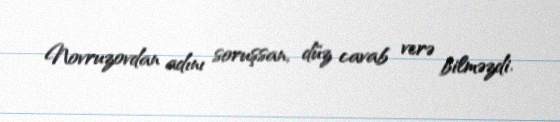
Novruzovdan adını soruşsan, düz cavab verə bilməzdi.